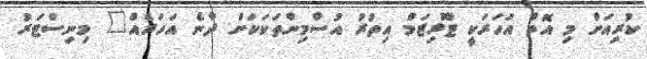
ކުރިއަށް މި އޮތް އަހަރަކީ ޓޫރިޒަމް އިތުރު އުސްމިންތަކަކަށް ދާނެ އަހަރެއް" މިނިސްޓަރު